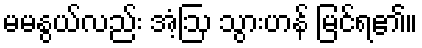
မမနွယ်လည်း အံ့ဩ သွားဟန် မြင်ရ၏။